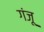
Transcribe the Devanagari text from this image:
गंजू